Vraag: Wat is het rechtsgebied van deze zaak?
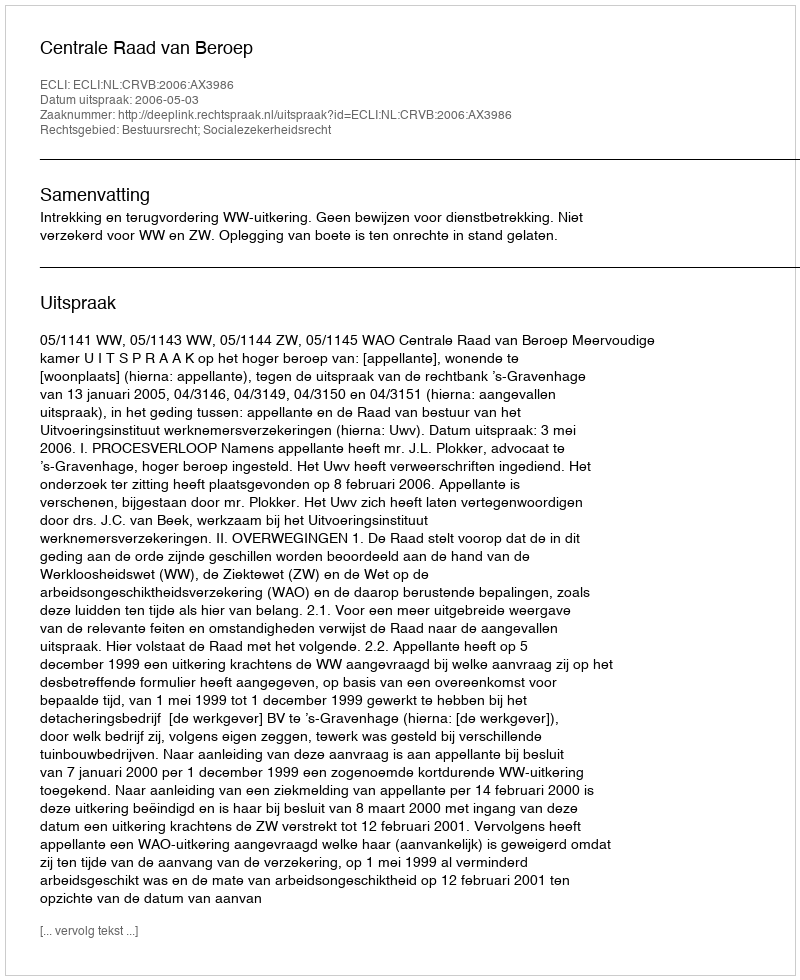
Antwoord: Bestuursrecht; Socialezekerheidsrecht